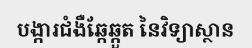
បង្ការជំងឺឆ្កែឆ្កួត នៃវិទ្យាស្ថាន